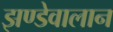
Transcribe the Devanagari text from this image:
झण्डेवालान